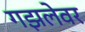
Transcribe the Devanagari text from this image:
गझलेवर